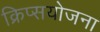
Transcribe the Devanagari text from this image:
क्रिप्सयोजना